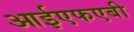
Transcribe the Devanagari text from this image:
आईएफएबी